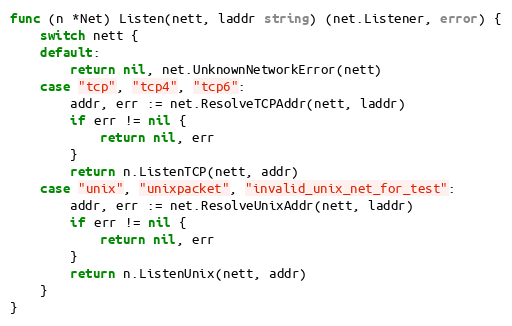
Language: Go
func (n *Net) Listen(nett, laddr string) (net.Listener, error) {
	switch nett {
	default:
		return nil, net.UnknownNetworkError(nett)
	case "tcp", "tcp4", "tcp6":
		addr, err := net.ResolveTCPAddr(nett, laddr)
		if err != nil {
			return nil, err
		}
		return n.ListenTCP(nett, addr)
	case "unix", "unixpacket", "invalid_unix_net_for_test":
		addr, err := net.ResolveUnixAddr(nett, laddr)
		if err != nil {
			return nil, err
		}
		return n.ListenUnix(nett, addr)
	}
}